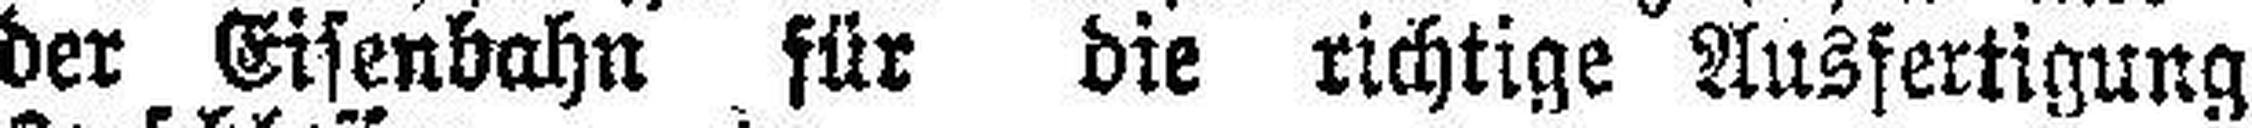
der Eisenbahn für die richtige Ausfertigung